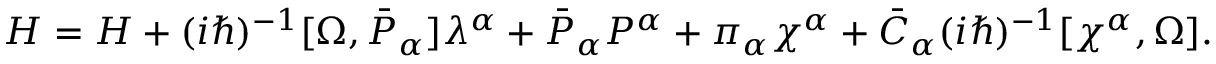
H = { \cal H } + ( i \hbar ) ^ { - 1 } [ \Omega , \bar { \cal P } _ { \alpha } ] \lambda ^ { \alpha } + \bar { \cal P } _ { \alpha } { \cal P } ^ { \alpha } + \pi _ { \alpha } \chi ^ { \alpha } + \bar { C } _ { \alpha } ( i \hbar ) ^ { - 1 } [ \chi ^ { \alpha } , \Omega ] .